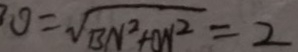
0 = \sqrt { B N ^ { 2 } + O N ^ { 2 } } = 2